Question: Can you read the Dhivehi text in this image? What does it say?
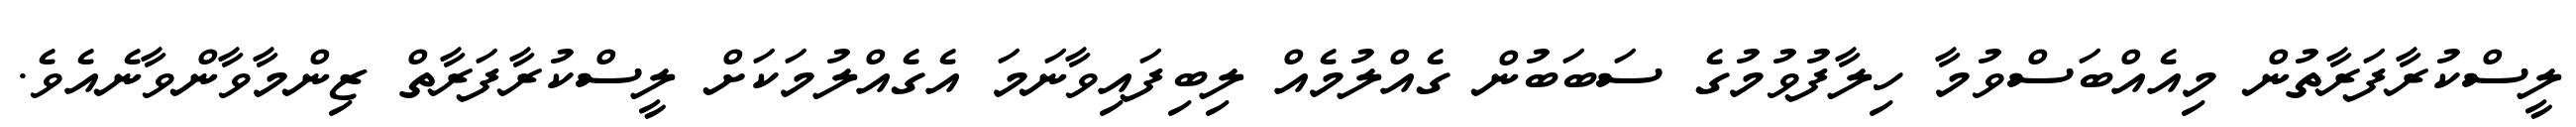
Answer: ލީސްކުރާފަރާތުން މިއެއްބަސްވުމާ ހިލާފުވުމުގެ ސަބަބުން ގެއްލުމެއް ލިބިފައިވާނަމަ އެގެއްލުމަކަށް ލީސްކުރާފަރާތް ޒިންމާވާންވާނެއެވެ.